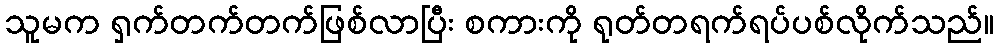
သူမက ရှက်တက်တက်ဖြစ်လာပြီး စကားကို ရုတ်တရက်ရပ်ပစ်လိုက်သည်။